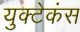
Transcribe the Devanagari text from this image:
युक्टेकंस